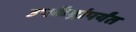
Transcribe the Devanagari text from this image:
उपकेंद्रांपर्यंत